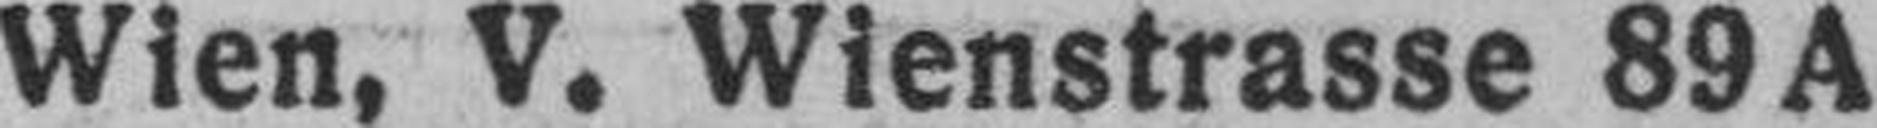
Wien, V. Wienstrasse 89A